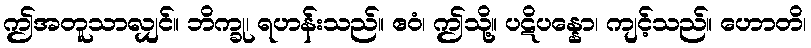
ဤအတူသာလျှင်။ ဘိက္ခု၊ ရဟန်းသည်။ ဧဝံ၊ ဤသို့။ ပဋိပန္နော၊ ကျင့်သည်။ ဟောတိ၊